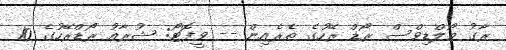
ރާގު މޯލްޑިވްސް ރޯޑް ރޭހުގެ ތެރެއިން -- ވީފޮޓޯ: ޝުރާއު ރޯޑްރޭހުގެ 10